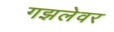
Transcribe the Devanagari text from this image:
गझलेवर